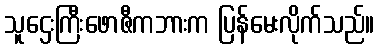
သူဌေးကြီးဖောဇီကဘားက ပြန်မေးလိုက်သည်။